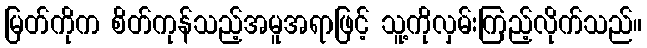
မြတ်ကိုက စိတ်ကုန်သည့်အမူအရာဖြင့် သူ့ကိုလှမ်းကြည့်လိုက်သည်။